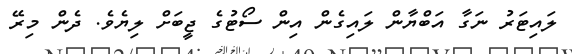
ލައިޓަރު ނަގާ އަބްޔާން ލައިގެން އިން ސޯޓުގެ ޖީބަށް ލިޔެވެ. ދެން މިރޭ